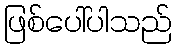
ဖြစ်ပေါ်ပါသည်